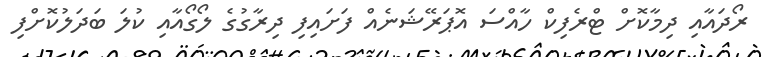
ރޯދައާއި ދިމާކޮށް ޓްރެފިކް ހާއްސަ އޮޕަރޭޝަނެއް ފަށައިފި ދިރާގުގެ ލޯގޯއާއި ކުލަ ބަދަލުކޮށްފި